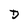
Character: D